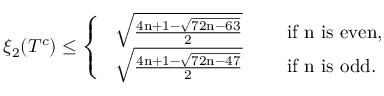
\begin{array} { r } { \xi _ { 2 } ( T ^ { c } ) \leq \left\{ \begin{array} { l l } { \mathrm { ~ \sqrt { \frac { 4 n + 1 - \sqrt { 7 2 n - 6 3 } } { 2 } } ~ } } & { \quad \mathrm { i f ~ n ~ i s ~ e v e n , } } \\ { \mathrm { ~ \sqrt { \frac { 4 n + 1 - \sqrt { 7 2 n - 4 7 } } { 2 } } ~ } } & { \quad \mathrm { i f ~ n ~ i s ~ o d d . } } \end{array} \right. } \end{array}